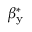
\beta _ { \mathrm { y } } ^ { \mathrm { * } }